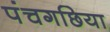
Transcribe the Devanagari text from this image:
पंचगछिया